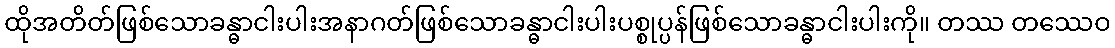
ထိုအတိတ်ဖြစ်သောခန္ဓာငါးပါးအနာဂတ်ဖြစ်သောခန္ဓာငါးပါးပစ္စုပ္ပန်ဖြစ်သောခန္ဓာငါးပါးကို။ တဿ တဿေဝ